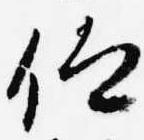
仰